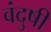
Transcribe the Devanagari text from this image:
वंदुषी